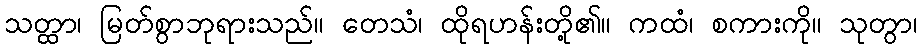
သတ္ထာ၊ မြတ်စွာဘုရားသည်။ တေသံ၊ ထိုရဟန်းတို့၏။ ကထံ၊ စကားကို။ သုတွာ၊